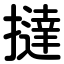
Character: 撻